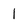
Character: 1